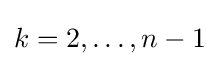
k=2,\ldots ,n-1